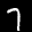
Label: 7